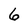
Character: 6